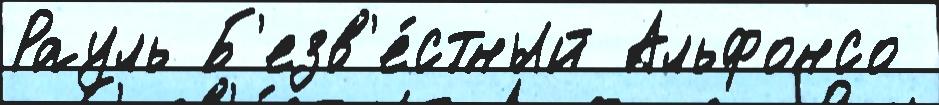
Рауль Б'езв'е́стный Альфонсо